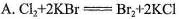
A. $$Cl_{2}+2KBr=Br_{2}+2KCl$$